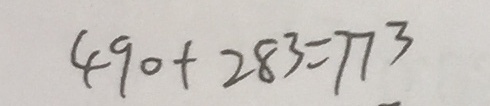
4 9 0 + 2 8 3 = 7 7 3